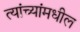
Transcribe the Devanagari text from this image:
त्यांच्यांमधील